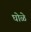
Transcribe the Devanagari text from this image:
घोळे